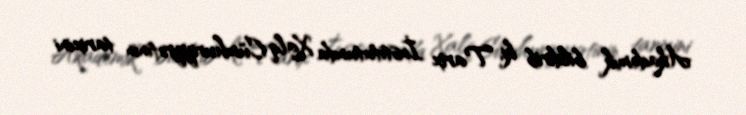
Akademik bildirib ki, Tarix İnstitutunda Xalq Cümhuriyyətinin tarixini